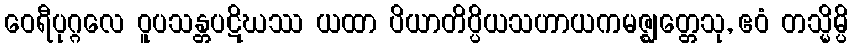
ဝေရီပုဂ္ဂလေ ဝူပသန္တပဋိဃဿ ယထာ ပိယာတိပ္ပိယသဟာယကမဇ္ဈတ္တေသု, ဧဝံ တသ္မိမ္ပိ